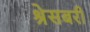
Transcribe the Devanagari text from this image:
श्रेसबरी